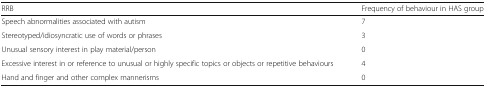
<table><thead><tr><td><b>RRB</b></td><td><b>Frequency of behaviour in HAS group</b></td></tr></thead><tbody><tr><td>Speech abnormalities associated with autism</td><td>7</td></tr><tr><td>Stereotyped/idiosyncratic use of words or phrases</td><td>3</td></tr><tr><td>Unusual sensory interest in play material/person</td><td>0</td></tr><tr><td>Excessive interest in or reference to unusual or highly specific topics or objects or repetitive behaviours</td><td>4</td></tr><tr><td>Hand and finger and other complex mannerisms</td><td>0</td></tr></tbody></table>